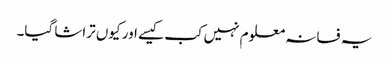
یہ فسانہ معلوم نہیں کب کیسے اور کیوں تراشا گیا۔